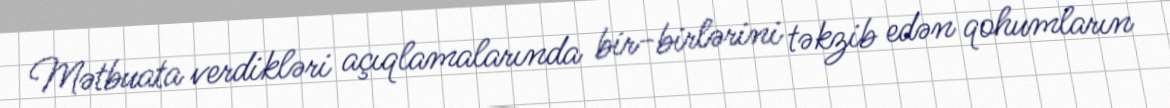
Mətbuata verdikləri açıqlamalarında bir-birlərini təkzib edən qohumların